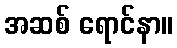
အဆစ် ရောင်နာ။